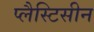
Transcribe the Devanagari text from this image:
प्लैस्टिसीन